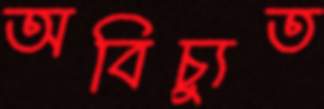
অবিচ্যুত